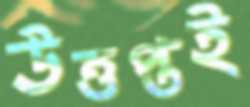
উত্তপ্তই